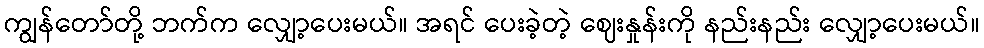
ကျွန်တော်တို့ ဘက်က လျှော့ပေးမယ်။ အရင် ပေးခဲ့တဲ့ ဈေးနှုန်းကို နည်းနည်း လျှော့ပေးမယ်။